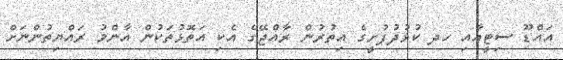
އައްޑޫ ސިޓީއާއި ހދ ކުޅުދުފުށީގެ އިތުރުން ރާއްޖޭގެ އެކި އަތޮޅުތަކުން އާންމު ރައްޔިތުންނަށް